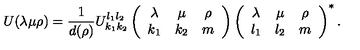
U ( \lambda \mu \rho ) = { \frac { 1 } { d ( \rho ) } } U _ { k _ { 1 } k _ { 2 } } ^ { l _ { 1 } l _ { 2 } } \left( \begin{array} { c c c } { \lambda } & { \mu } & { \rho } \\ { k _ { 1 } } & { k _ { 2 } } & { m } \\ \end{array} \right) \left( \begin{array} { c c c } { \lambda } & { \mu } & { \rho } \\ { l _ { 1 } } & { l _ { 2 } } & { m } \\ \end{array} \right) ^ { \ast } .